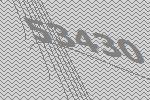
53430